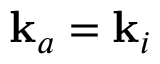
\mathbf { k } _ { a } = \mathbf { k } _ { i }